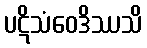
ပဋိသံဝေဒိဿသိ